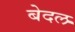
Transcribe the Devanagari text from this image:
बेदल